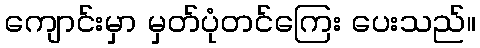
ကျောင်းမှာ မှတ်ပုံတင်ကြေး ပေးသည်။